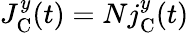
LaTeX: J_{\textrm{C}}^{y}(t)=Nj_{\textrm{C}}^{y}(t)